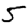
Digit: 5